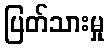
ပြတ်သားမှု